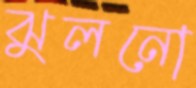
ঝুলনো